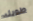
طويله